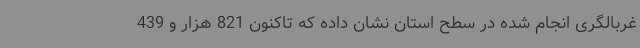
غربالگری انجام شده در سطح استان نشان داده که تاکنون 821 هزار و 439